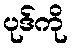
ပုဒ်ကို